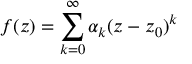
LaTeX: f ( z ) = \sum _ { k = 0 } ^ { \infty } \alpha _ { k } ( z - z _ { 0 } ) ^ { k }